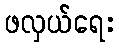
ဖလှယ်ရေး